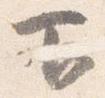
下